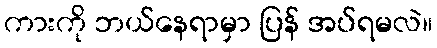
ကားကို ဘယ်နေရာမှာ ပြန် အပ်ရမလဲ။